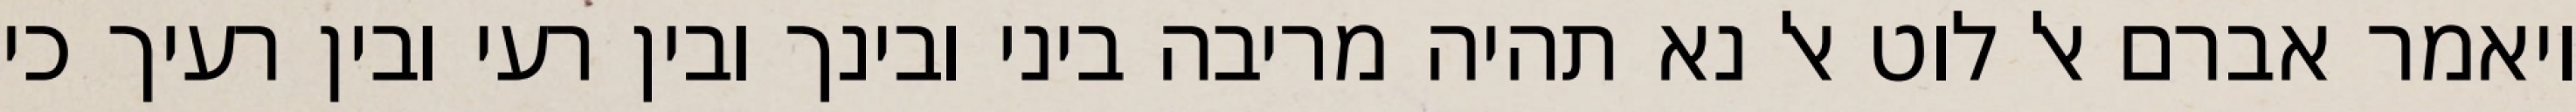
ויאמר אברם אל לוט אל נא תהיה מריבה ביני ובינך ובין רעי ובין רעיך כי